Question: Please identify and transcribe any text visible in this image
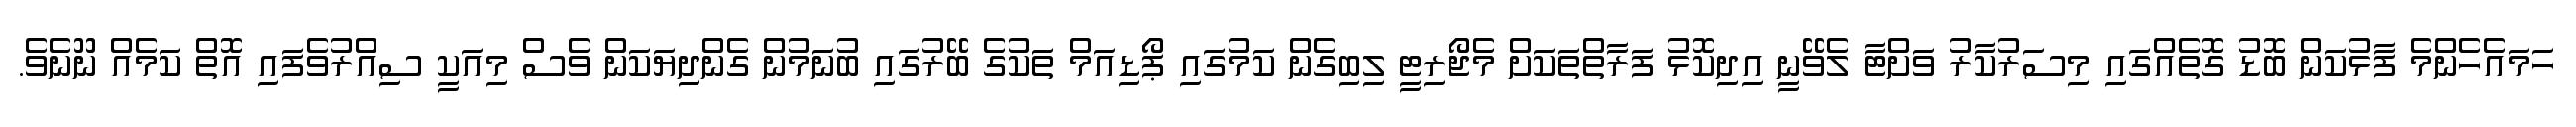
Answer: ހަމައެހެންމެ ފާޅުކަން ބޮޑު ގޮތެއްގައި މިސަރުކާރު ވަށްޓާ ލެވޭނީ އިދިކޮޅު ފަރާތްތަކަށް މެޖޯރިޓީ ލިބިގެން ކަމުގައި ޕޯޑިއަމް ތަކުގެ ބޭރުގައި ބުނަމުން ގެންދިޔަކަން ވެސް މިއަކީ ސިއްރުވެފައި އޮތް ކަމެއް ނޫނެވެ.